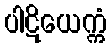
ပါဋိယေက္ကံ